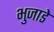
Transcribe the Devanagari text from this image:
भुजाडे